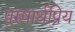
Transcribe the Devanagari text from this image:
पुरुषार्थप्रिय